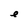
Character: e